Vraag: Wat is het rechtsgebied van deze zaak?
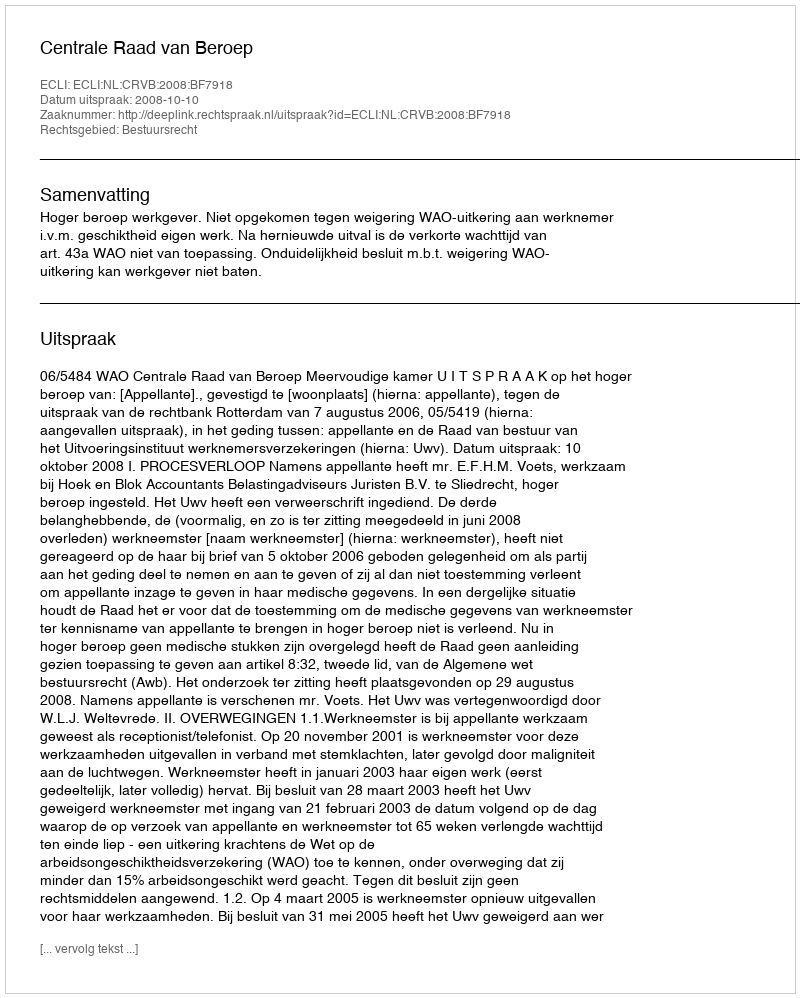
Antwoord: Bestuursrecht